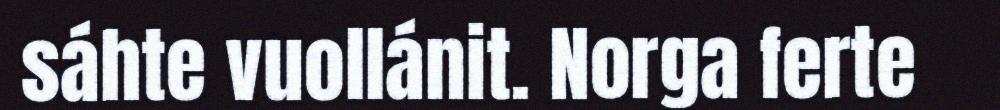
sáhte vuollánit. Norga ferte